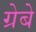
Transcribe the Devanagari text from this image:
ग्रेबे